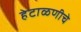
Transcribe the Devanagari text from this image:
हेटाळणीचे